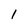
Character: 1